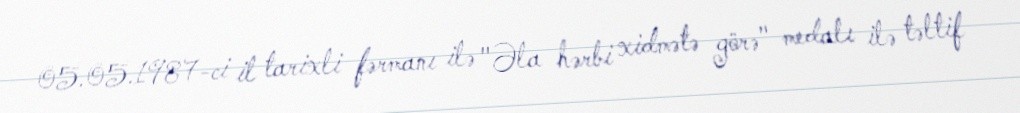
05.05.1987-ci il tarixli fərmanı ilə "Əla hərbi xidmətə görə" medalı ilə təltif